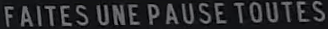
FAITES UNE PAUSE TOUTES